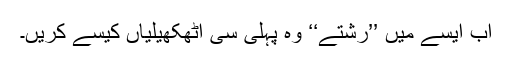
اب ایسے میں ’’رشتے‘‘ وہ پہلی سی اٹھکھیلیاں کیسے کریں۔